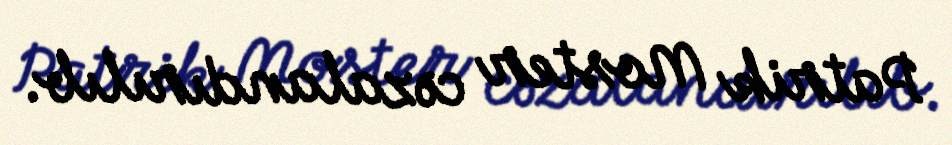
Patrik Moster cəzalandırılıb.